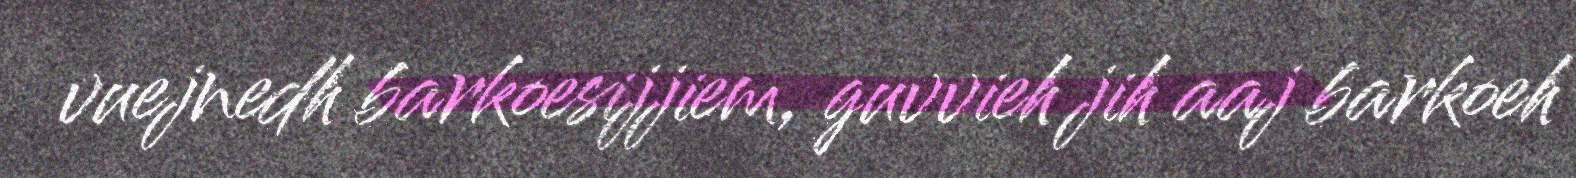
vuejnedh barkoesijjiem, guvvieh jih aaj barkoeh